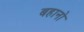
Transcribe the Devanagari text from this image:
बहानो